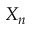
X _ { n }